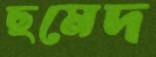
ছমেদ